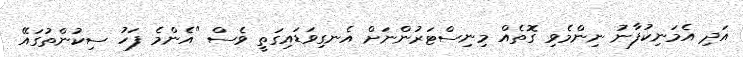
އަދި އެމަނިކުފާނު ނިންމެވި ގޮތެއް މިނިސްޓަރުންނަށް އެނގިވަޑައިގަތީ ވެސް "އެންމެ ފަހު ސިކުންތުގައޭ